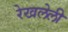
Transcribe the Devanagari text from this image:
रेखलेली